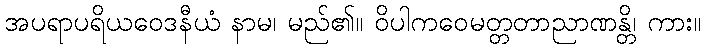
အပရာပရိယဝေဒနီယံ နာမ၊ မည်၏။ ဝိပါကဝေမတ္တတာညာဏန္တိ၊ ကား။